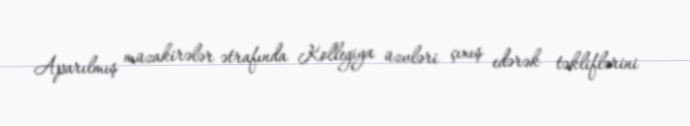
Aparılmış müzakirələr ətrafında Kollegiya üzvləri çıxış edərək təkliflərini